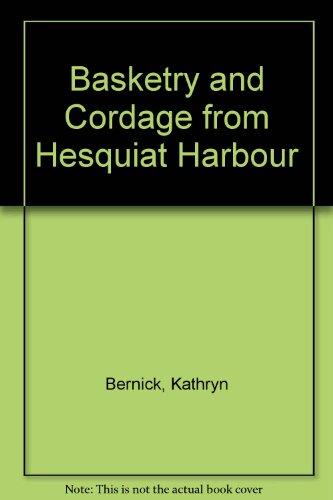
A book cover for Basketry & Cordage from Hesquiat Harbour, British Columbia; Kathryn N. Bernick; Crafts, Hobbies & Home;